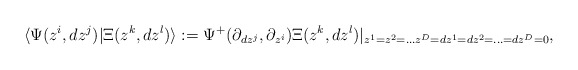
\begin{align*}\langle \Psi(z^i,dz^j)|\Xi(z^k,dz^l)\rangle :=\Psi^+(\partial_{dz^j} , \partial_{z^i})\Xi(z^k,dz^l)|_{z^1=z^2=...z^D=dz^1=dz^2=...=dz^D=0},\end{align*}